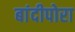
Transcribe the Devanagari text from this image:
बांदीपोरा